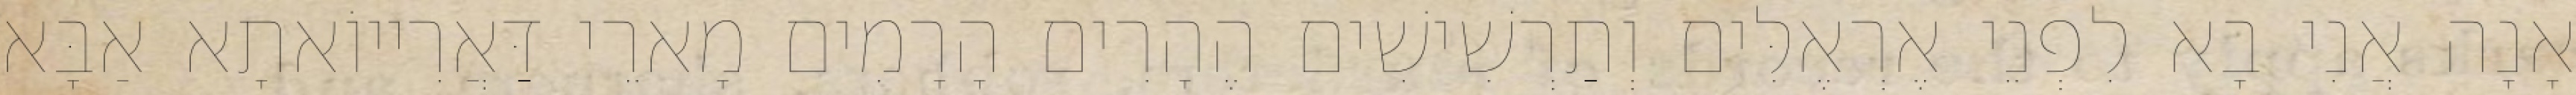
אָנָה אֲנִי בָא לִפְנֵי אֶרְאֶלִּים וְתַרְשִׁישִׁים הֶהָרִים הָרָמִים מָארֵי דַּאֲרִייוֹאתָא אַבָּא